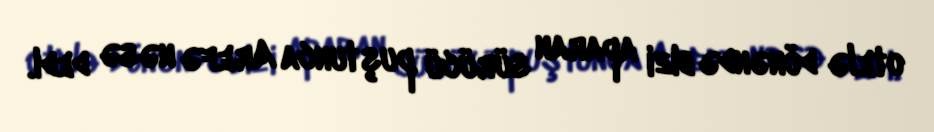
otelə dönəndə bizi aparan sürücü puştunca Arefə nəsə dedi.